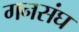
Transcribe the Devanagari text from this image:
गनसंघ